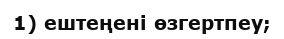
1) ештеңені өзгертпеу;